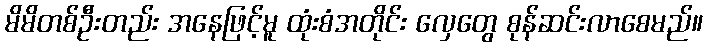
မိမိတစ်ဦးတည်း အနေဖြင့်မူ ထုံးစံအတိုင်း လှေတွေ စုန်ဆင်းလာစေမည်။